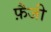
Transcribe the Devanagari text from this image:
फ़ैजी